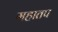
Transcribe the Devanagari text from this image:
महातप